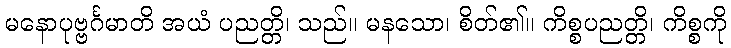
မနောပုဗ္ဗင်္ဂမာတိ အယံ ပညတ္တိ၊ သည်။ မနသော၊ စိတ်၏။ ကိစ္စပညတ္တိ၊ ကိစ္စကို